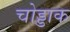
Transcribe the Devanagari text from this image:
चोड्डाक